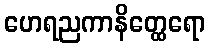
ဟေရညကာနိတ္ထေရော